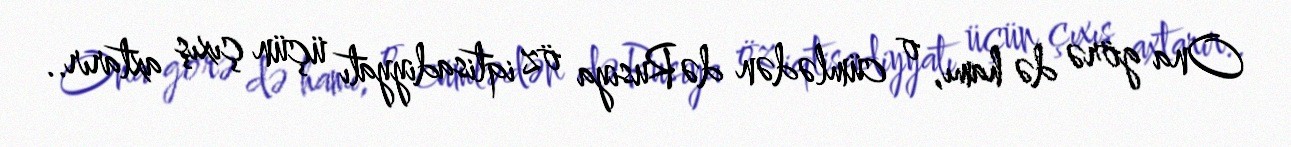
Ona görə də hamı, o cümlədən də Rusiya öz iqtisadiyyatı üçün çıxış axtarır..